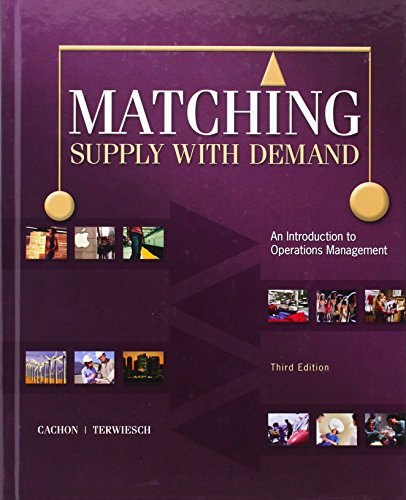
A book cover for Matching Supply with Demand: An Introduction to Operations Management; Gerard Cachon; Business & Money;